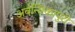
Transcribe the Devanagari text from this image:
अवन्तिकापुरी